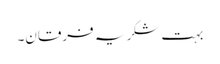
بہت شکریہ فرقان۔